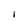
Character: 1